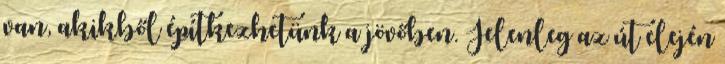
van, akikből építkezhetünk a jövőben. Jelenleg az út elején